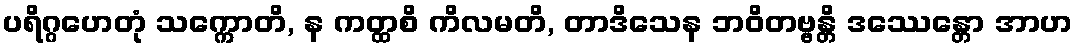
ပရိဂ္ဂဟေတုံ သက္ကောတိ, န ကတ္ထစိ ကိလမတိ, တာဒိသေန ဘဝိတဗ္ဗန္တိ ဒဿေန္တော အာဟ